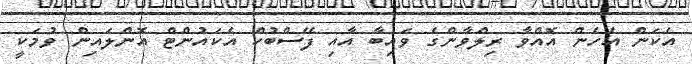
އެކަން އެހެން އޮއްވާ ރިލްވާންގެ ވައިބާ އާއި ފޭސްބުކް އެކައުންޓް އޮންލައިން ވުމަކީ